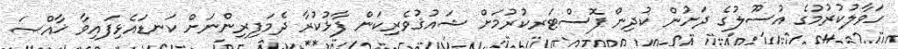
ހަވާލުކުރުމުގެ އުސޫލުގެ ދަށުން ކުދިން ފޮސްޓަރކުރުމަށް ޝައުޤުވެރިކަން ފާޅުކުރާ ދެމަފިރިންނަށް ކަނޑައެޅިފައިވާ ޚާއްޞަ